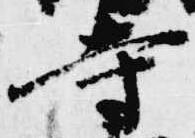
寺